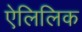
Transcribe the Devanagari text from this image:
ऐलिलिक